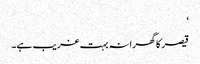
‘
قیصر کا گھرانہ بہت غریب ہے۔